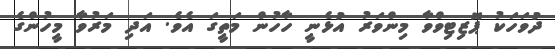
ދުވަހަކު ޕޮޒިޓިވްވާ މިންވަރު އުޅެނީ ހާހުން މަތީގަ އެވެ. އަދި މަރުވާ މީހުންގެ